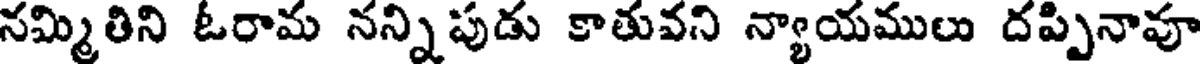
నమ్మితిని ఓరామ నన్నిపుడు కాతువని న్యాయములు దప్పినావూ